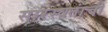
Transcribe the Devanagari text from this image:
सारस्वतांची